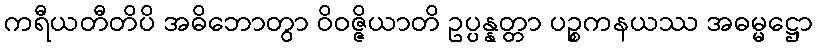
ကရီယတီတိပိ အဓိဘောတွာ ဝိဝဇ္ဇိယာတိ ဥပ္ပန္နတ္တာ ပဉ္စကနယဿ အဓမ္မဋ္ဌော